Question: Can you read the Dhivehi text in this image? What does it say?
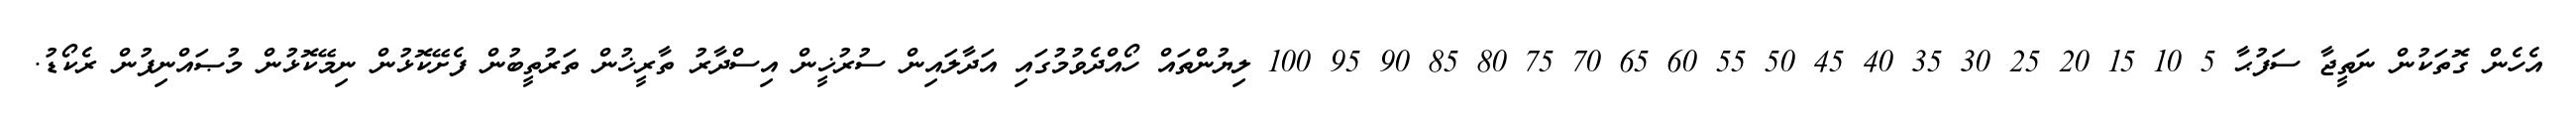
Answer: އެހެން ގޮތަކުން ނަތީޖާ ސަފުޙާ 5 10 15 20 25 30 35 40 45 50 55 60 65 70 75 80 85 90 95 100 ލިޔުންތައް ހޯއްދެވުމުގައި އަދާލައިން ސުރުޚީން އިސްދާރު ތާރީޚުން ތަރުތީބުން ފެށޭކޮޅުން ނިމޭކޮޅުން މުޞައްނިފުން ރެކޯޑު.